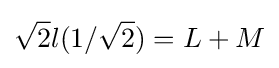
{\sqrt {2}}l(1/{\sqrt {2}})=L+M